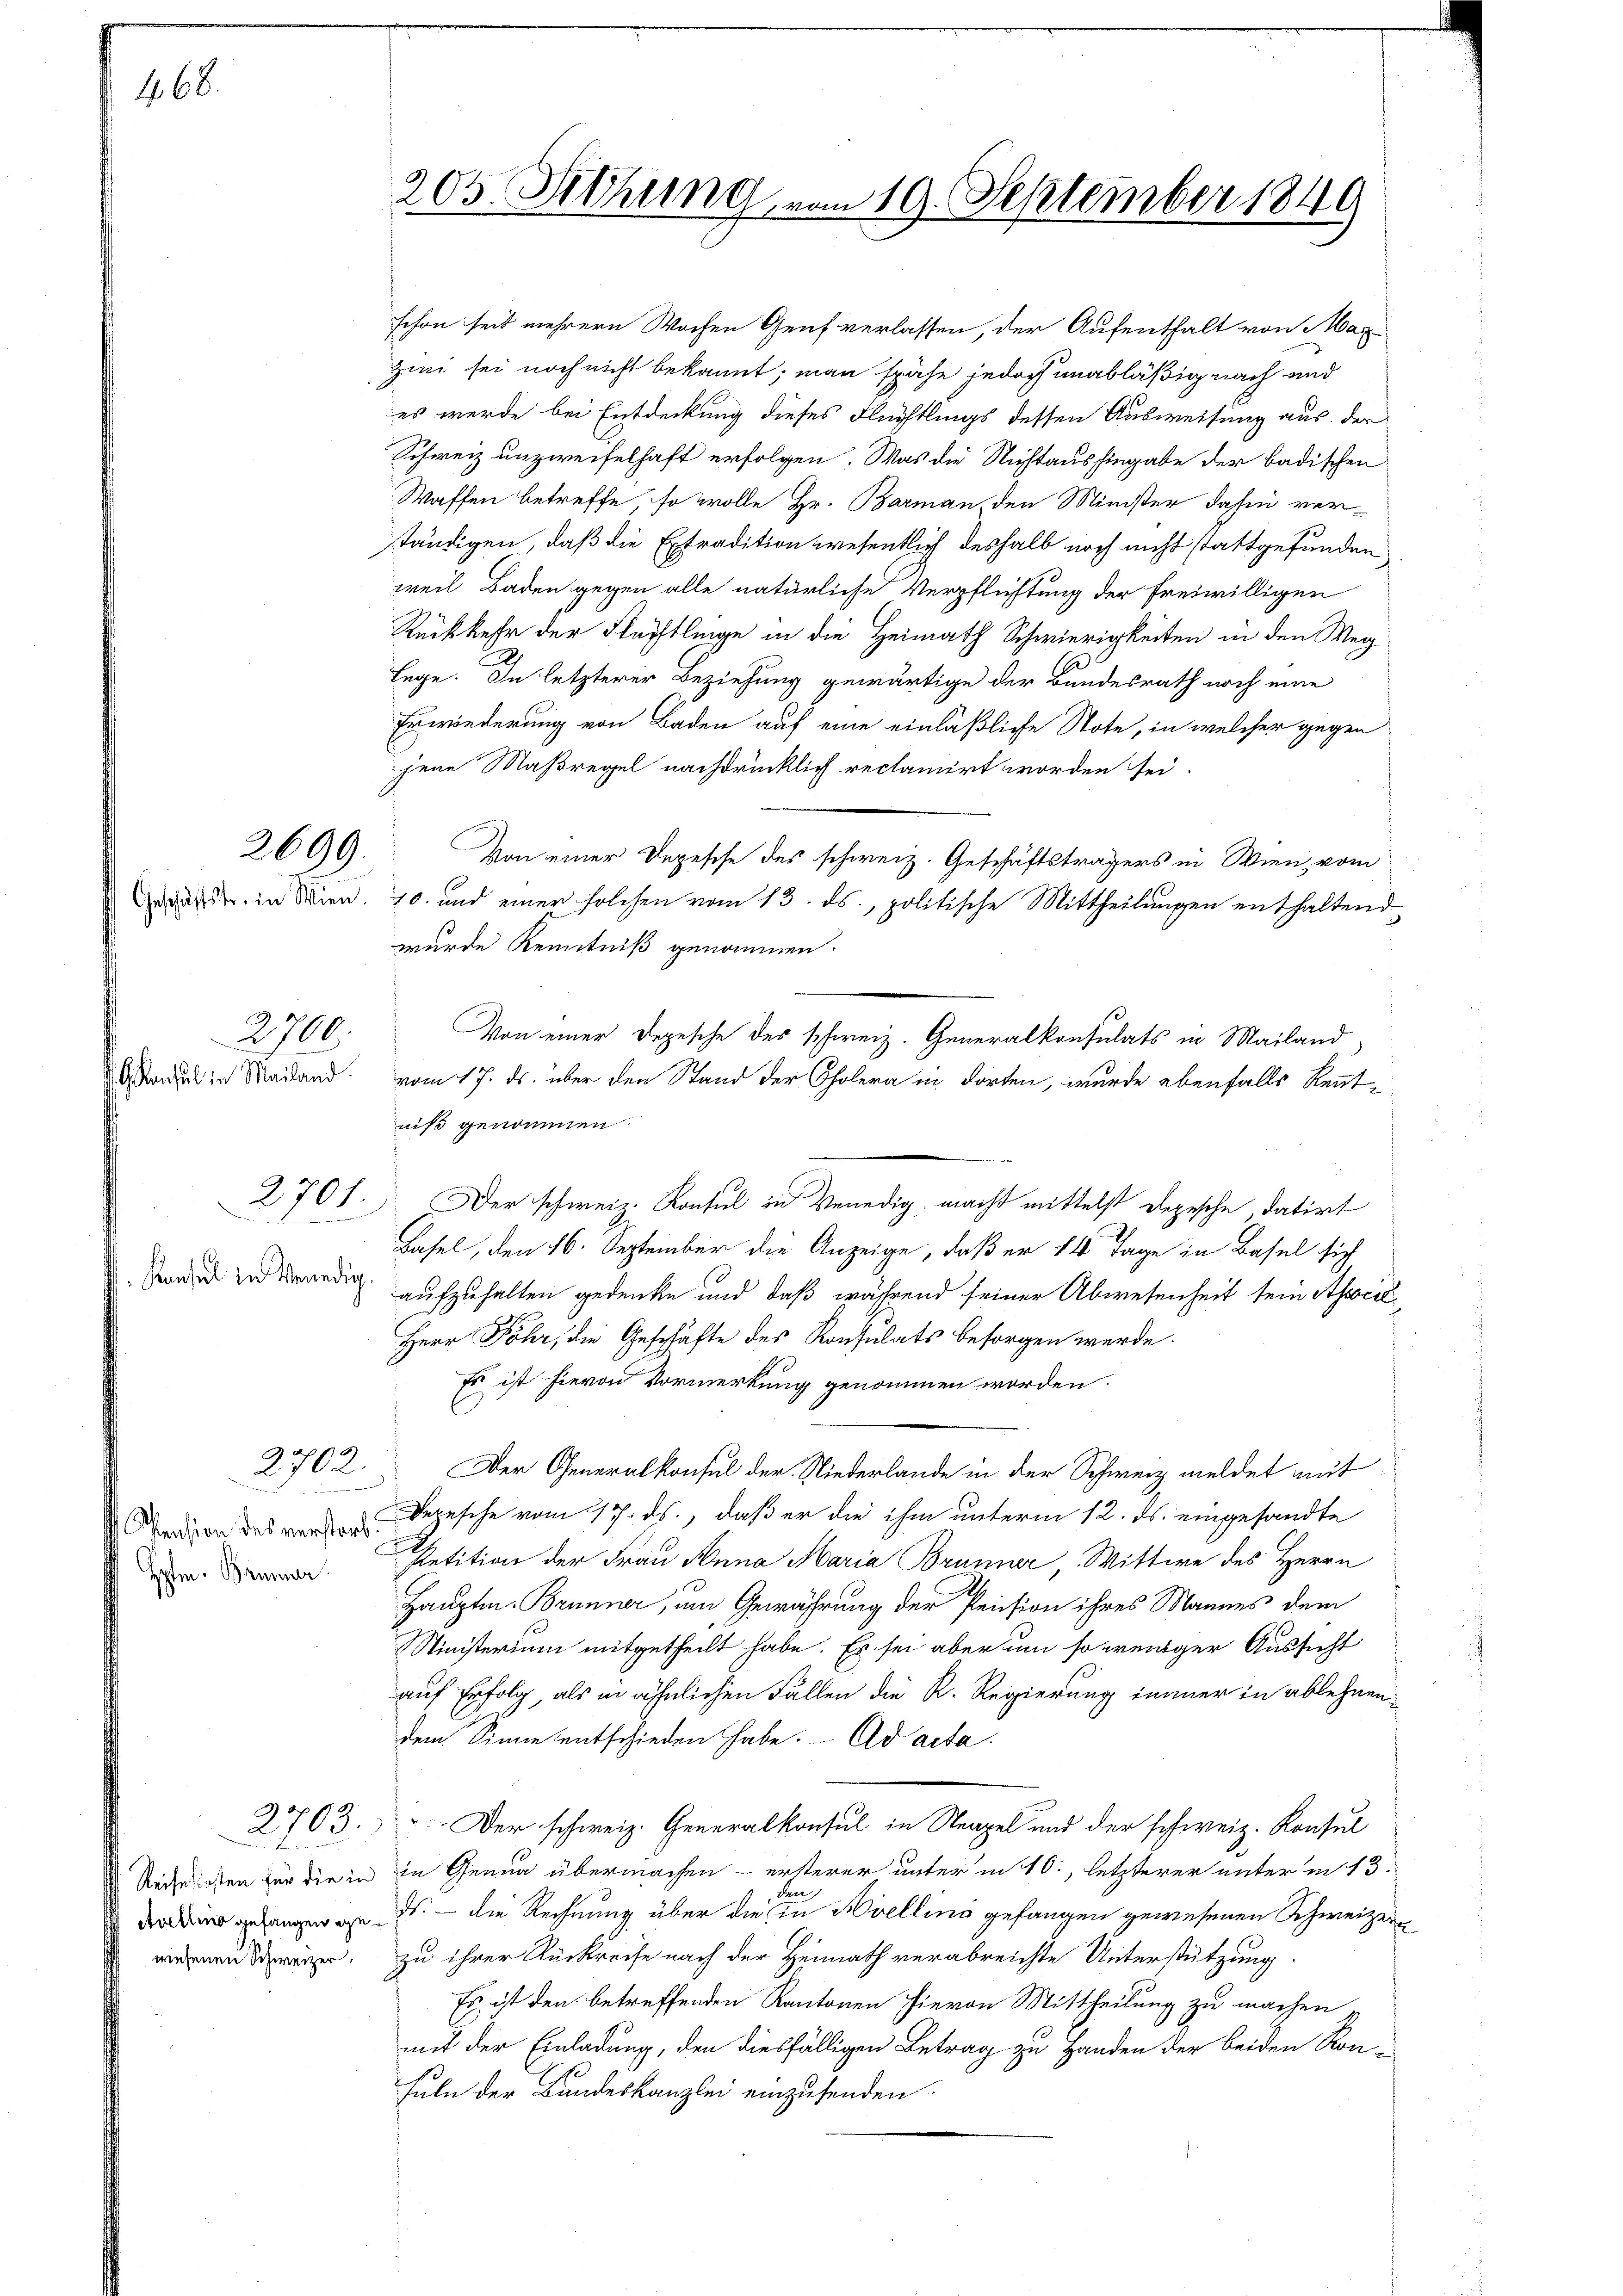
468.

2699.

Konsul in Mailand

2700.

2
und

Kansel in Venedig

Pension des verstorb

205. Sitzung vom 19. September 1849

schon seit mehrere Wochen Genf verlassen, der Aufenthalt von Max
zini sei noch nicht bekannt; man spähe jedoch unabläßig nach und
es werde bei Entdeckung dieses Flüchtlings dessen Ausweisung aus der
Schweiz unzweifelhaft erfolgen. Was die Nichtaushingabe der badischen
Waffen betreffe, so wolle Hr. Barman den Minister dahin vertändigen, daß die Extradition wesentlich deshalb noch nicht stattgefunden
weil Baden gegen alle natürliche Verpflichtung der freiwilligen
Rückkehr der Flächtlinge in die Heimath Schwierigkeiten in den Weg
lege. In letzterer Beziehung gewärtige der Bundesrath noch eine
Erwiederung von Baden auf eine einläßliche Note, in welcher gegen
jene Maßregel nachdrücklich reclamirt worden sei.
Von einer Depesche des schweiz. Geschäftsträgers in Wien vom
r in Wien. 10. und einer solchen vom 13. ds., politische Mittheilungen enthaltend
wurde Kenntniß genommen.
Von einer Depesche des schweiz. Generalkonsulats in Mailand
vom 17. ds. über den Stand der Cholera in dorten, wurde ebenfalls Rentniß genommen.

2701. Der schweiz. Konsul in Venedig macht mittelst Depesche, datirt
D
Basel, den 16. September die Anzeige, daß er 14 Tage in Basel sich
aufzuhalten gedenke und daß während seiner Abwesenheit sein Associe
Herr Föhr, die Geschäfte des Konsulats besorgen werde.
Es ist hievon Vormerkung genommen worden.
2702. Der Generalkonsul der Niederlande in der Schweiz meldet mit
Depesche vom 17. ds., daß er die ihm unterm 12. ds. eingesandte
Petition der Frau Anna Maria Brunner, Wittwe des Herrn
Hauptm. Brunner, um Gewährung der Pension ihres Mannes dem
Ministerium mitgetheilt habe. Es sei aber um so weniger Aussicht
auf Erfolg, als in ähnlichen Fällen die R. Regierung immer in ablehnendem Sinne entschieden habe. Ad acta.
2703. Der schweiz. Generalkonsul in Neapel und der schweiz. Konsul
Rechten für die in in Genua übermachen – ersterer unter in 10., letzterer unter in 13
er
dai gelangen an ds — die Rechnung über die in Hellino gefangen gewesenen Schweizerwesenen dreizer, zu ihrer Rückreise nach der Heimath verabreichte Unterstützung
Es ist den betreffenden Kantonen hievon Mittheilung zu machen
mit der Einladung, den diesfälligen Betrag zu Handen der beiden Kom¬
Fuln der Bundeskanzlei einzusenden.